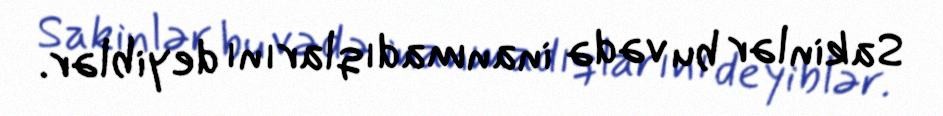
Sakinlər bu vədə inanmadıqlarını deyiblər.